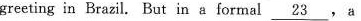
greeting in Brazil. But in a formal \underline{23}, a